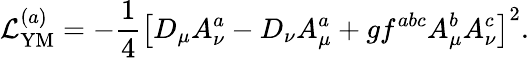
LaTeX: {\cal L}_{\mathrm{YM}}^{(a)}=-\frac 14\left[D_{\mu}A_{\nu}^{a}-D_{\nu}A_{\mu}^{a}+gf^{abc}A_{\mu}^{b}A_{\nu}^{c}\right]^{2}.